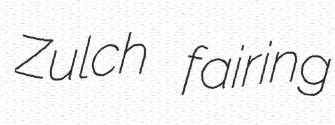
Zulch fairing